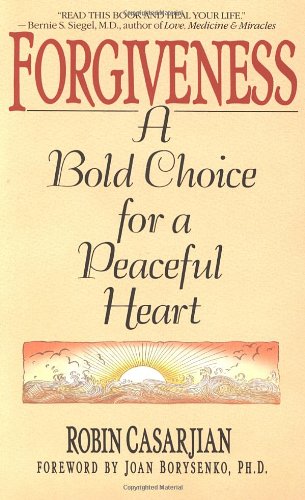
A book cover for Forgiveness: A Bold Choice for a Peaceful Heart; Robin Casarjian; Parenting & Relationships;